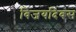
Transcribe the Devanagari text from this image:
विजयदिवस